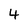
Character: 4